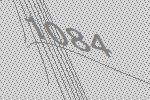
1084